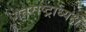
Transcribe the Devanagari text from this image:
गतराष्ट्राध्यक्ष